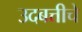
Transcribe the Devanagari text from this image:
उदबत्तीचे